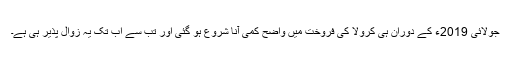
جولائی 2019ء کے دوران ہی کرولا کی فروخت میں واضح کمی آنا شروع ہو گئی اور تب سے اب تک یہ زوال پذیر ہی ہے۔